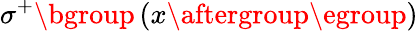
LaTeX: \sigma^{+}\mathopen{}\mathclose\bgroup\left(x\aftergroup\egroup\right)